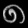
Digit: ၈